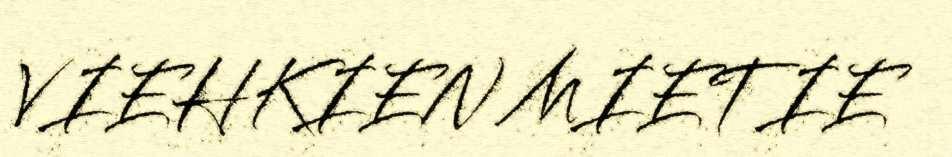
VIEHKIEN MIETIE